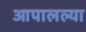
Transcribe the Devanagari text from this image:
आपालल्या